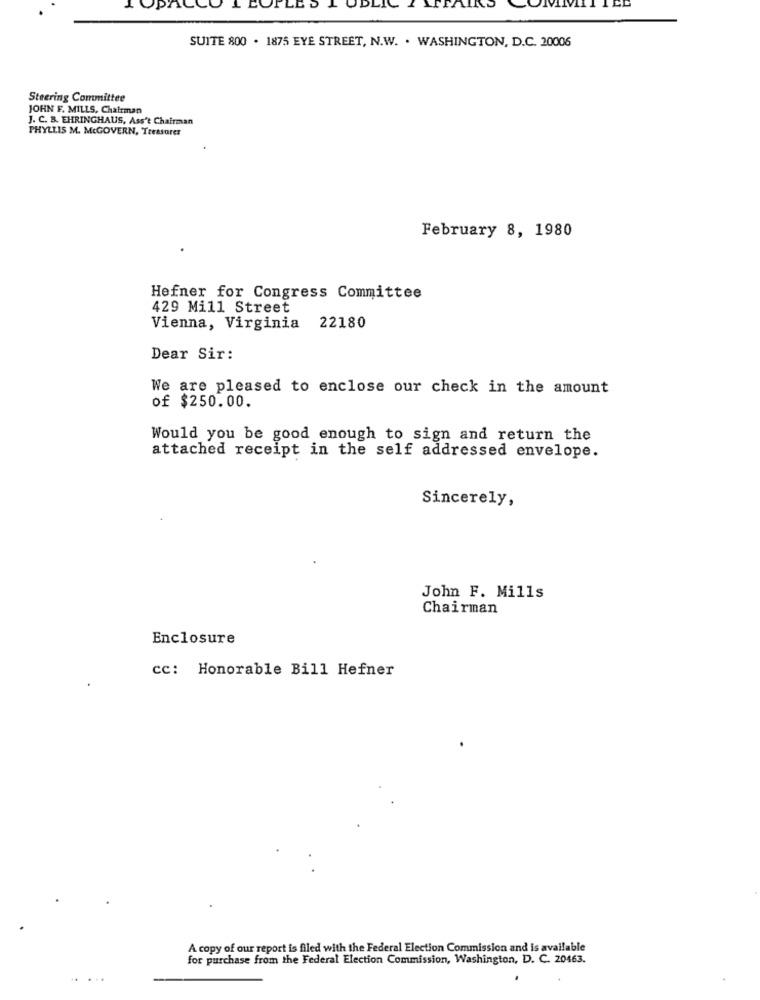
OPACCO LEOFLES L ODLIC
TAIRD
SUITE 800 . 1875 EYE STREET, N.W. . WASHINGTON, D.C. 20006
Steering Committee
JOHN F. MILLS, Chairman
J. C. B. EHRINGHAUS, Ass't Chairman
PHYLLIS M. McGOVERN, Treasurer
February 8, 1980
Hefner for Congress Committee
429 Mill Street
Vienna, Virginia
22180
Dear Sir:
We are pleased to enclose our check in the amount
of $250.00.
Would you be good enough to sign and return the
attached receipt in the self addressed envelope.
Sincerely,
John F. Mills
Chairman
Enclosure
cc: Honorable Bill Hefner
A copy of our report is filed with the Federal Election Commission and is available
for purchase from the Federal Election Commission, Washington, D. C. 20463.